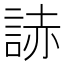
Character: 𧨃